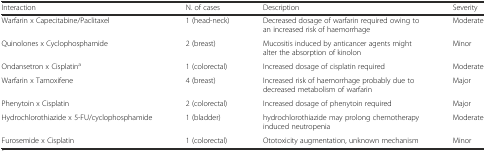
<table><thead><tr><td><b>Interaction</b></td><td><b>N. of cases</b></td><td><b>Description</b></td><td><b>Severity</b></td></tr></thead><tbody><tr><td>Warfarin x Capecitabine/Paclitaxel</td><td>1 (head-neck)</td><td>Decreased dosage of warfarin required owing to an increased risk of haemorrhage</td><td>Moderate</td></tr><tr><td>Quinolones x Cyclophosphamide</td><td>2 (breast)</td><td>Mucositis induced by anticancer agents might alter the absorption of kinolon</td><td>Minor</td></tr><tr><td>Ondansetron x Cisplatin<sup>a</sup></td><td>1 (colorectal)</td><td>Increased dosage of cisplatin required</td><td>Moderate</td></tr><tr><td>Warfarin x Tamoxifene</td><td>4 (breast)</td><td>Increased risk of haemorrhage probably due to decreased metabolism of warfarin</td><td>Major</td></tr><tr><td>Phenytoin x Cisplatin</td><td>2 (colorectal)</td><td>Increased dosage of phenytoin required</td><td>Major</td></tr><tr><td>Hydrochlorothiazide x 5-FU/cyclophosphamide</td><td>1 (bladder)</td><td>hydrochlorothiazide may prolong chemotherapy induced neutropenia</td><td>Moderate</td></tr><tr><td>Furosemide x Cisplatin</td><td>1 (colorectal)</td><td>Ototoxicity augmentation, unknown mechanism</td><td>Minor</td></tr></tbody></table>